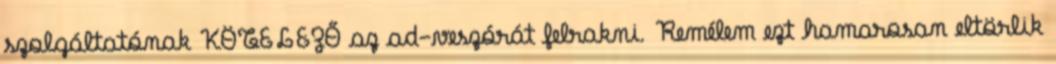
szolgáltatónak KÖTELEZŐ az ad-veszórát felrakni. Remélem ezt hamarosan eltörlik